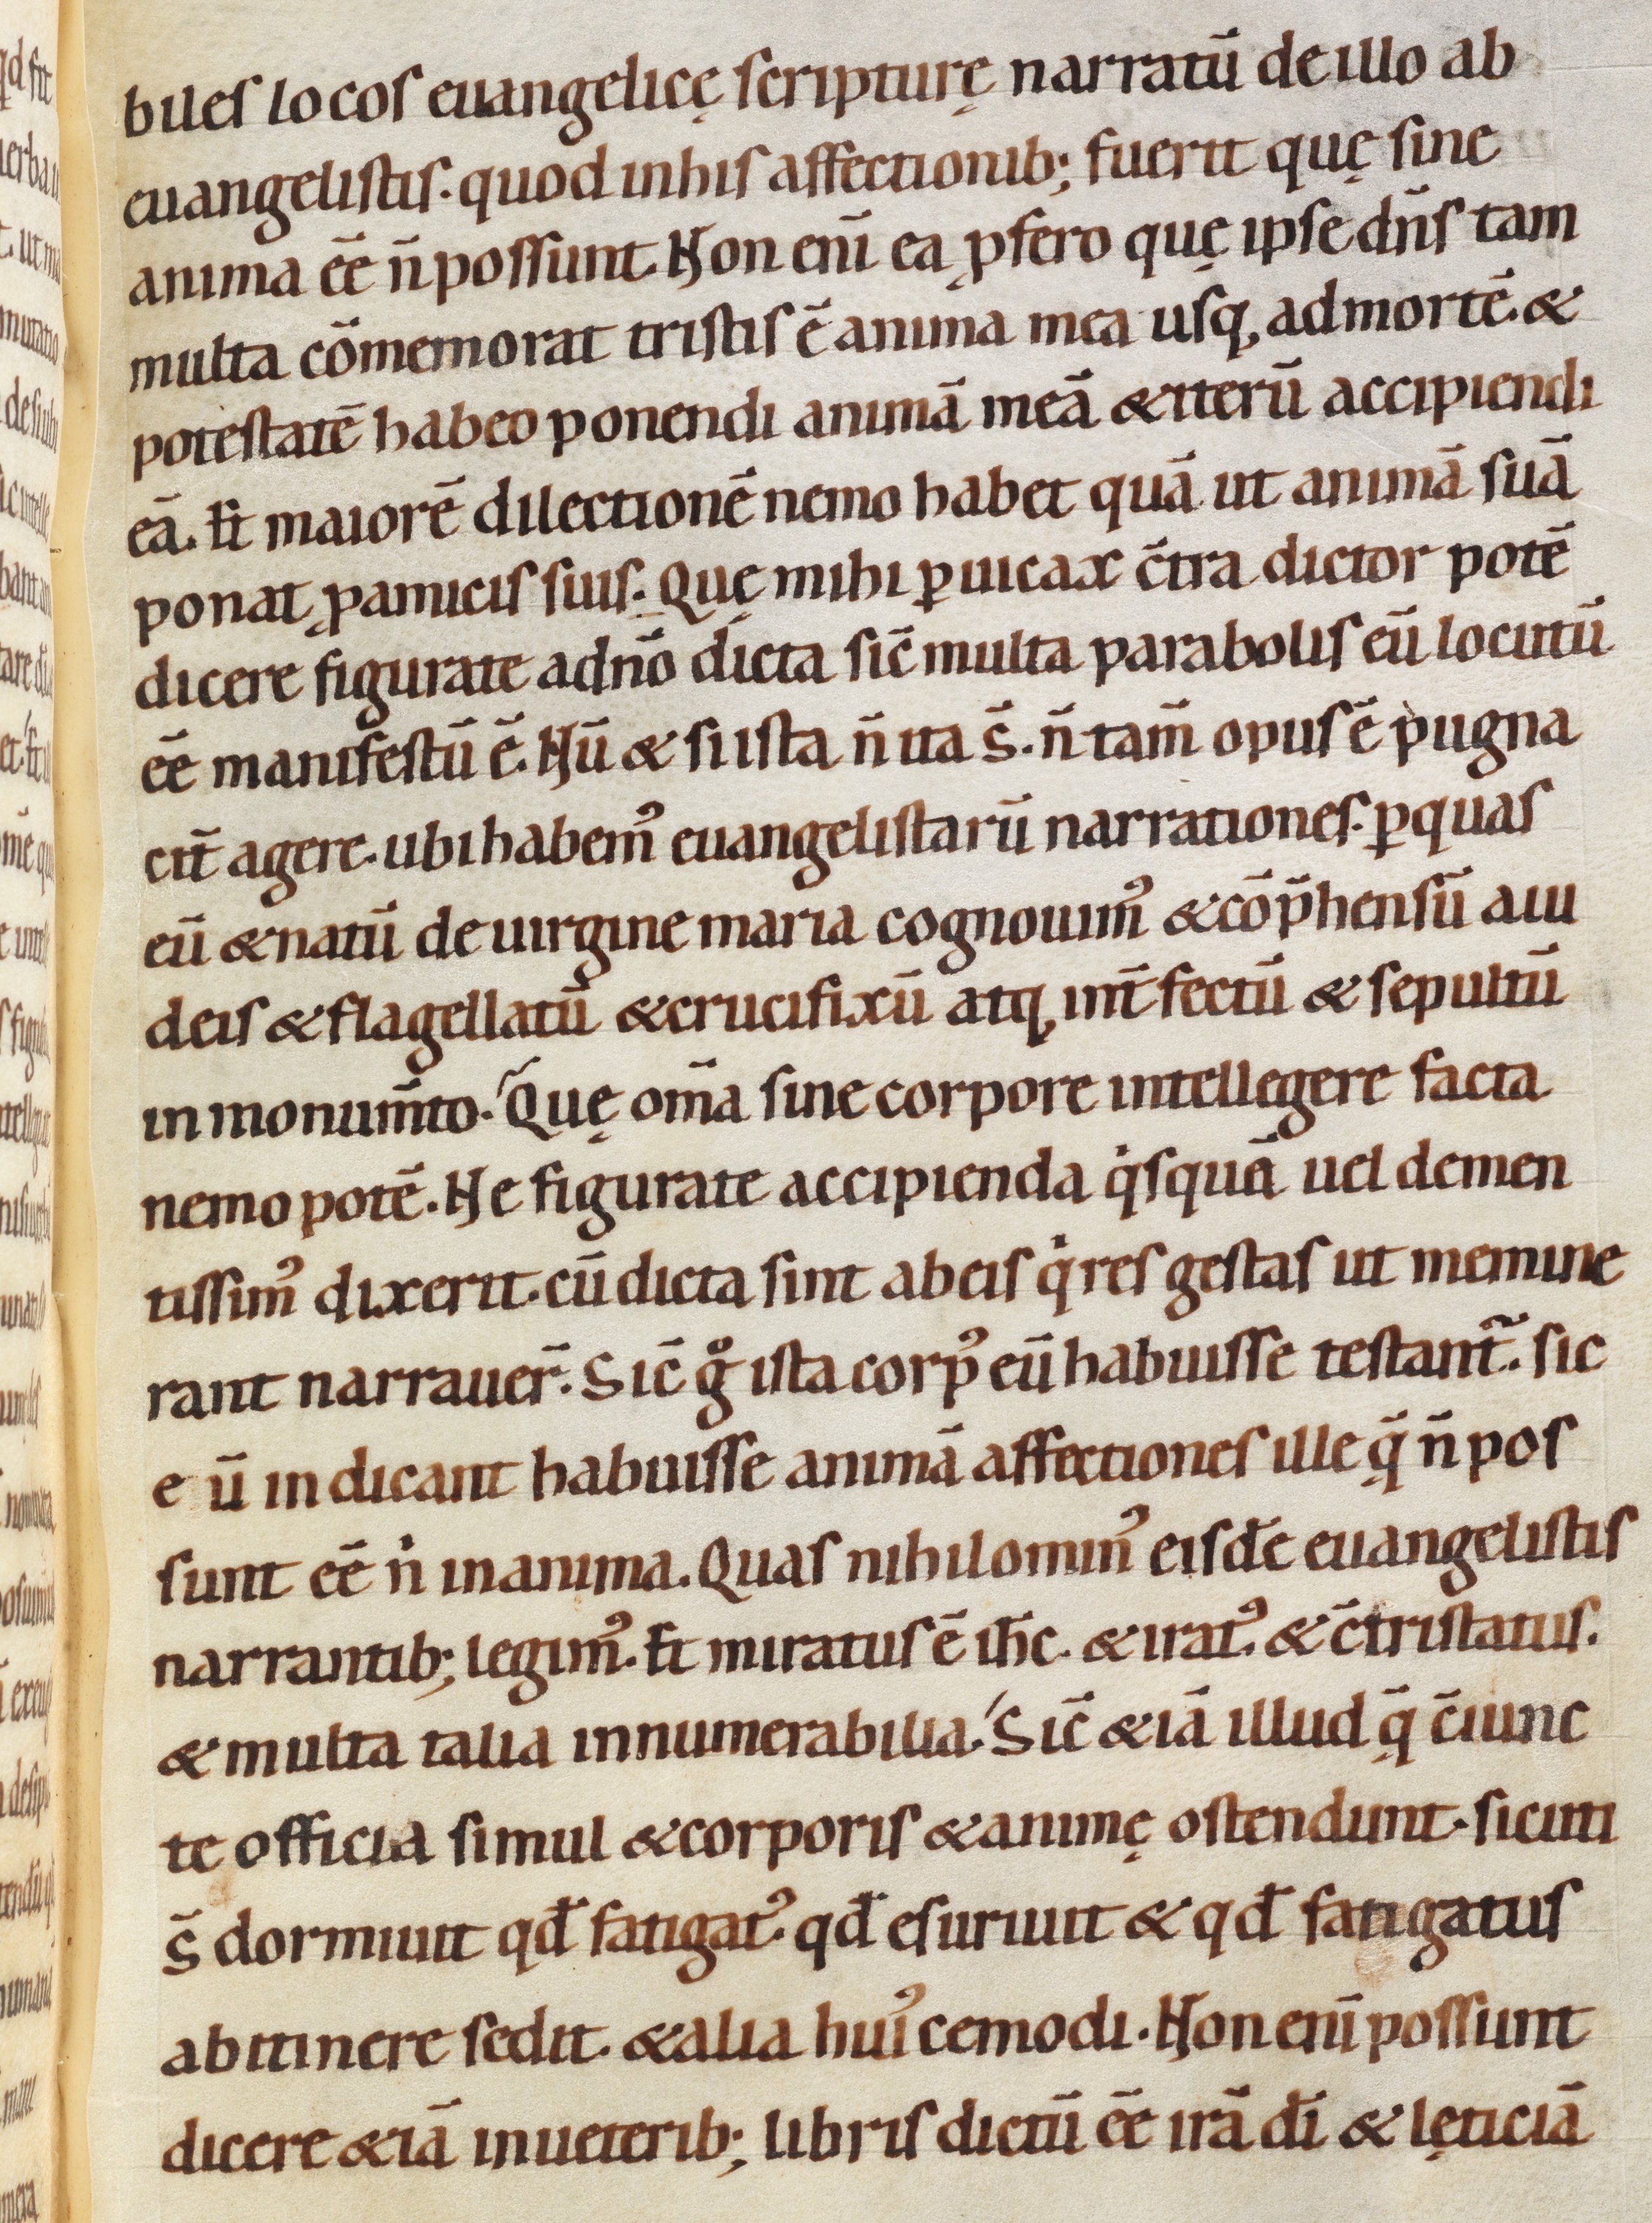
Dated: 1080–1096